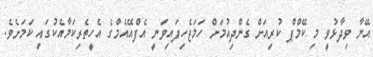
އޭނާ ވިދާޅުވީ މި ކޭމްޕް ކުރިއަށް ގެންދިއުމަށް ހަމަޖެހިފައިވަނީ އެފްއޭއެމްގެ އެހީތެރިކަމާއެކުގައި ކަމަށެވެ.